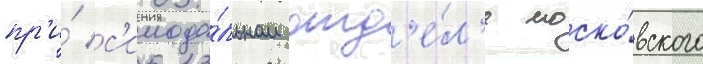
пр'и́ с'инода́льном отд'е́л'е моско́вского